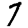
Digit: 7